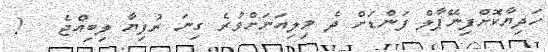
ހަދިޔާކޮށްފިނޭޕާލް ފަންޑަށް ދެ މިލިއަނަށްވުރެ ގިނަ ރުފިޔާ ލިބިއްޖެ   !